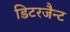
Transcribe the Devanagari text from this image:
डिटरजैन्ट